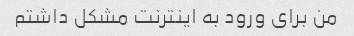
من برای ورود به اینترنت مشکل داشتم